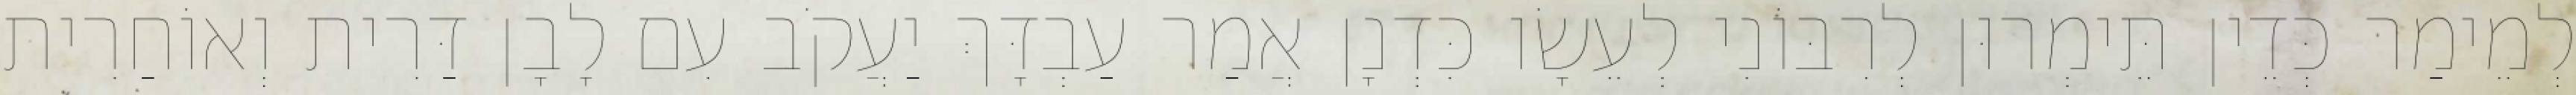
לְמֵימַר כְּדֵין תֵּימְרוּן לְרִבּוֹנִי לְעֵשָׂו כִּדְנָן אֲמַר עַבְדָּךְ יַעֲקֹב עִם לָבָן דַּרִית וְאוֹחַרִית